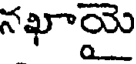
నఖాయై